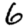
Digit: 6